Scottish Leaving Certificate Examination, 1958
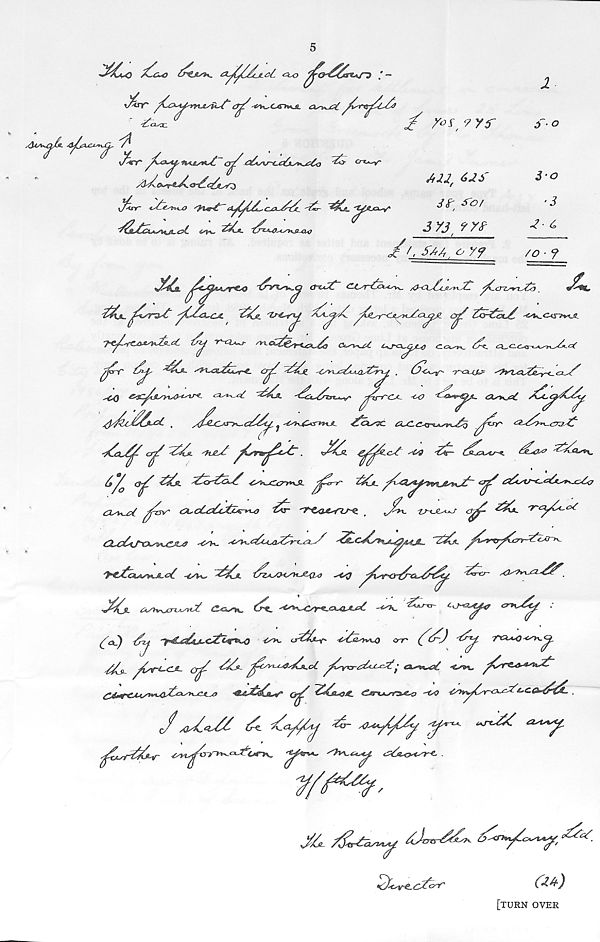
5
v^r'
ejj?xy<,^cxnvuL co^ct
■^CLXC.
J^Sir ^G-4^, n*<k£sn*£ O^ <^yV~<^C^3LX*^xCo
-ty^e^xX)
<A^^{dL,CXi~^fjl_ ^KT ’^Ca. -i^AjCky/'
AU, 61*
3S' s'or
~^/Lix2U*Sit a a„£d.
2^*- 1x~zx0, fy<yyKSLo / o
3Yj / ?rf
//, s/t/f o y?
6~o
5-o
■3
1-3,
/o ■ y
x
XX^.C-iSX^Ul,
^t^jAAxr&Q
(tXA^tr C-C.'r~3x>xy^ /<hG.^Y'xesyv 23 ^^crzxnyYo.
^
-^YxXrCA.
Y^kj?. -TxZxr^ kk.cf'/i jk£yr~<JixnJ^cXc^ cr^? Zxri
-j-c^'.xZ-Axxrxkfl-zt
y^co^j- xi.c*.y\-^z/- c^rcxatx c.c*yv>~ (xk
jfr
^ ‘'V^y&LiktjL*g~e„
'k^k -C^^xY'XO^Yyy^^
-7'XXUJ^
yCQ &sC^UsyU>^v^ £x^x/_
^kr-r-CA- ax?
OLsyxjisC
4^C^»-cC ,
/d^xry^c/^y, ^ x>7xj£*rrHA- ^GlxTC CLC-Cxt^axi^^o
crjf Aykjz. 'h£sY
.
•J^a. gj^kcyt y&d Yat- iYbxxaj-*. ^kxJx? 'Zxkas^x.
&/ 0 <^k ^kjL ^crkci^k -C's^crrxSl ^* ynr ^kj-
A^k aktxt>~<~^3Ay^c^x?
C^cCxA^ktcx-^-O kkr 'T~ZX!XyflJ~^. .
X- -ISUZajA c $~ <2^* ' 'T'cyCxot
asvxx>(.
CLchr&XKjCA* ~<SH. Xy^ckc+XjXkrxkxyY -k&.C^XHx.X^4Ajl... X^A. ^^ff^krr?Z3ZA~x
V^katAXTrULck -CSte- Xlkz ikzAX^CAUAZ^lx yiq ^*T<rfk~&Xkk^. 'tkko-
k&CsL ayWxATTxx^t c?a,x^ t^SL ^^C^xjulax/, ^
a-Hxky :
{a3) -tkrj
{AX ukk-yf' kkXyvUS err' (^(k~) '*^~^' T&a*Oasx<^
Xks- fkvi-CJ- (Jjjk kk- ^ky~eLyy$y/k.oC ^Cyxs-tX-lAyYj (Z^xX, <x*%, ^ST&OAlsxX
£j£*rc.‘ ■
aXcxxxcls /> ■&&-kkL*?‘ G^k kkL&A €./r*xstn2A?-<} '&0 -C^irykyrxxxXA.C.&^k^k- .
J / Qx/,Oykkk ikk X^cyk/Aix kr- sOxlykkkkf
xTtk'kk t2xU^
kfk*kf,
Jkkx /kl&^y kLrACe ^<nytkc^rkks*'
kkXcsv^-ckxY'
C^)
[turn over